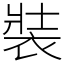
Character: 裝